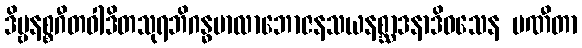
ဒိဗ္ဗနစ္စဂီတဝါဒိတသုရဘိဂန္ဓမာလာဘောဇနသယနစ္ဆာဒနာဒိဝသေန ပဏီတာ